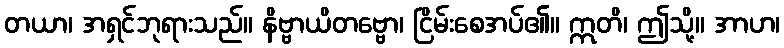
တယာ၊ အရှင်ဘုရားသည်။ နိဗ္ဗာယိတဗ္ဗော၊ ငြိမ်းစေအပ်၏။ ဣတိ၊ ဤသို့။ အာဟ၊